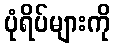
ပုံရိပ်များကို